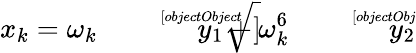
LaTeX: x_{k}=\omega_{k}{\sqrt[[objectObject]]{y_{1}}}+\omega_{k}^{6}{\sqrt[[objectObject]]{y_{2}}}